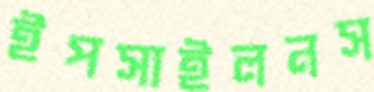
ইপসাইলনস